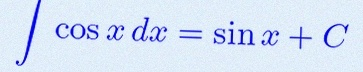
\int \cos x\,dx=\sin x+C